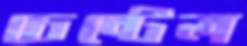
চেন্টেল